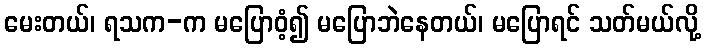
မေးတယ်၊ ရသက-က မပြောဝံ့၍ မပြောဘဲနေတယ်၊ မပြောရင် သတ်မယ်လို့